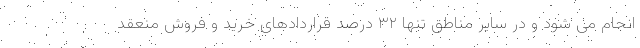
انجام می شود و در سایر مناطق تنها ۳۲ درصد قراردادهای خرید و فروش منعقد